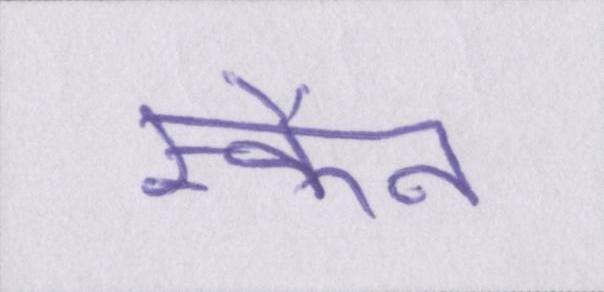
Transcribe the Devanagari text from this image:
स्कैन